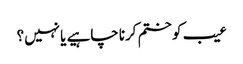
عیب کو ختم کرنا چاہیے یا نہیں؟